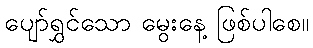
ပျော်ရွှင်သော မွေးနေ့ ဖြစ်ပါစေ။